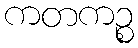
ကတကဉ္စ